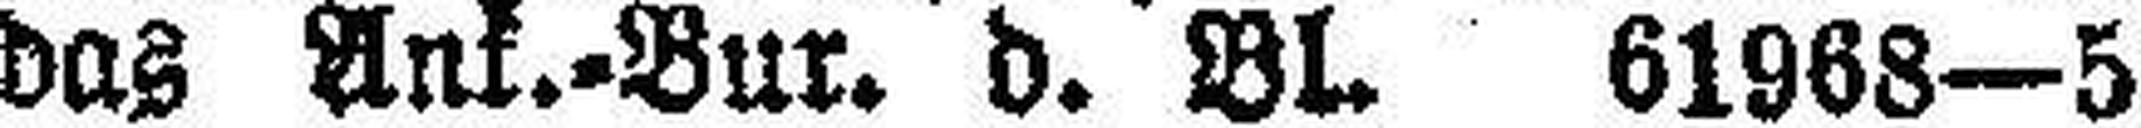
das Ank.=Bur. d. Bl. 61968—5